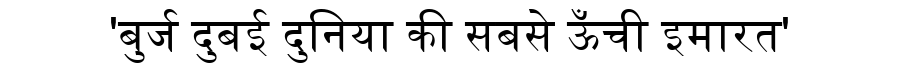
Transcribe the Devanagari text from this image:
'बुर्ज दुबई दुनिया की सबसे ऊँची इमारत'